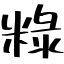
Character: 粶